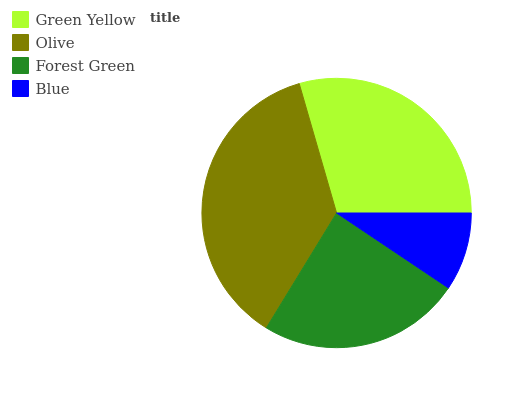
| Green Yellow | Olive | Forest Green | Blue |
 | --- | --- | --- | --- |
 | 29.5% | 36.8% | 24.4% | 9.41% |